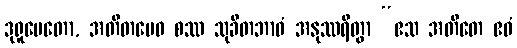
ဒုရူပေတော, အတီတမေဝ စဿ သုခိတဘာဝံ အနုဿရိတွာ “ဧသ အတီတေ ဧဝံ